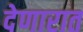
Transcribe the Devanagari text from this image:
देणारात